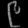
Digit: ၉